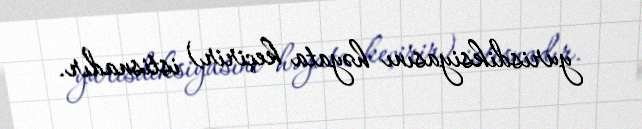
yurisdiksiyasını həyata keçirir) istisnadır.